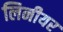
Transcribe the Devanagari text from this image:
लिनीयर